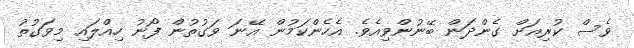
ވެސް ކުރިއަށް ގެންދަން ބޭނުންވިއެވެ. އެހެންކަމުން އޭނަ ވަގުތުން ފޯނު ހިއްލައި މިވަގުތު